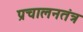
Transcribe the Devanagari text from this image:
प्रचालनतंत्र